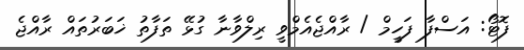
ފޮޓޯ: އަސްފާ ފަހީމް / ރާއްޖެއެމްވީ ރިލްވާނާ ގުޅޭ ތަފާތު ޚަބަރުތައް ރާއްޖެ